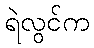
ရဲလွင်က